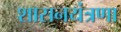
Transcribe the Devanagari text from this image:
शासनयंत्रणा